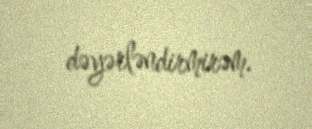
dəyərləndirmirəm.